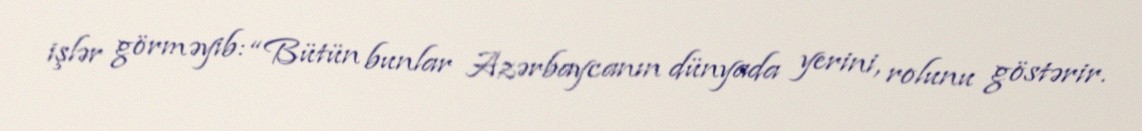
işlər görməyib: “Bütün bunlar Azərbaycanın dünyada yerini, rolunu göstərir.